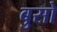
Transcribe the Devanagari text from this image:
बुसो